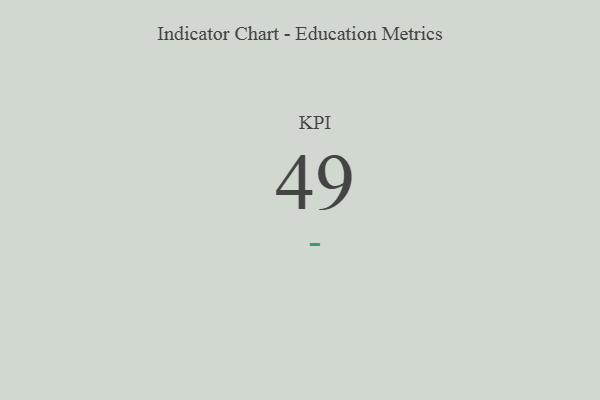
{"axis": {"x": "KPI", "y": "Value"}, "legend": [""], "data": [{"x": "KPI", "y": 49, "type": ""}]}